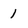
Character: 1